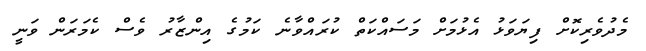
މެދުވެރިކޮށް ފިޔަވަޅު އެޅުމަށް މަސައްކަތް ކުރައްވާނެ ކަމުގެ އިންޒާރު ވެސް ކެމަރަން ވަނީ